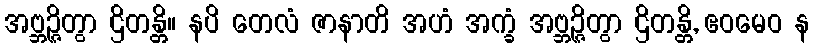
အဗ္ဘဉ္ဇိတွာ ဌိတန္တိ။ နပိ တေလံ ဇာနာတိ အဟံ အက္ခံ အဗ္ဘဉ္ဇိတွာ ဌိတန္တိ, ဧဝမေဝ န